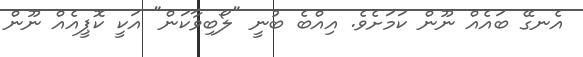
އެނގޭ ބައެއް ނޫން ކަމަށެވެ. އިއްބެ ބުނީ "ލޯބިވާކަން" އަކީ ކޮޕީއެއް ނޫން